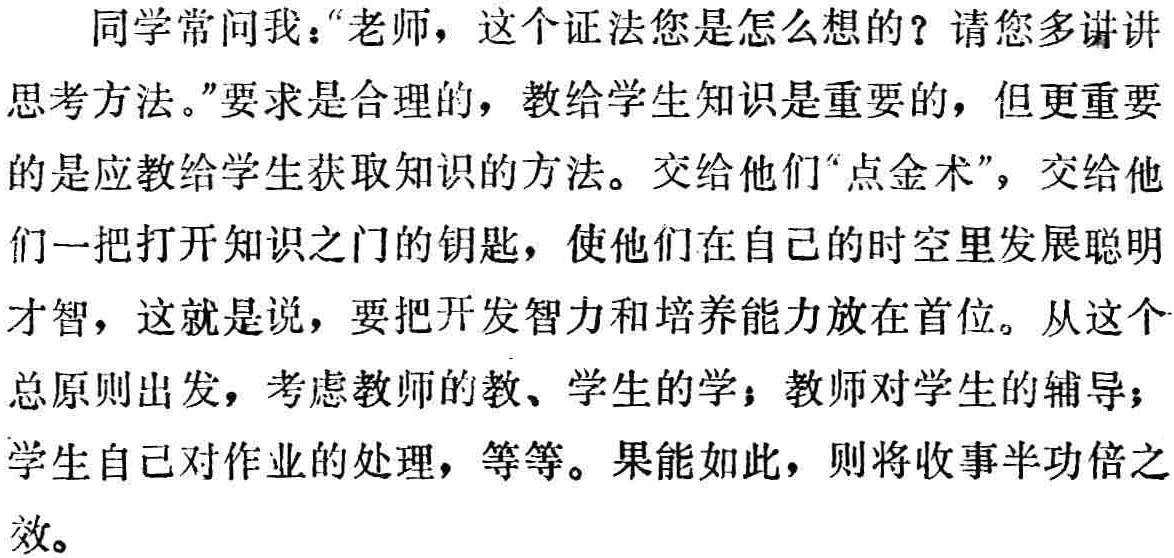
同学常问我：“老师，这个证法您是怎么想的？请您多讲讲思考方法。”要求是合理的，教给学生知识是重要的，但更重要的是应教给学生获取知识的方法。交给他们“点金术”，交给他们一把打开知识之门的钥匙，使他们在自己的时空里发展聪明才智，这就是说，要把开发智力和培养能力放在首位。从这个总原则出发，考虑教师的教、学生的学；教师对学生的辅导；学生自己对作业的处理，等等。果能如此，则将收事半功倍之效。